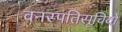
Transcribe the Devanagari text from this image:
वनस्पतिसूचियों